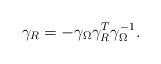
LaTeX: \begin{align*}\gamma_R = - \gamma_\Omega \gamma_R^T \gamma_\Omega^{-1}. \end{align*}